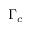
\Gamma _ { c }